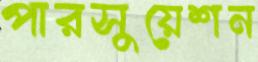
পারসুয়েশন